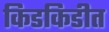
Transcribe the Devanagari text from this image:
किडकिडीत